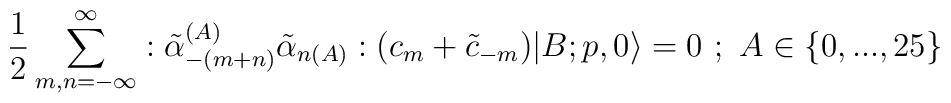
\frac{1}{2}\sum_{m,n=-\infty}^{\infty}:\tilde{\alpha}_{-(m+n)}^{(A)}\tilde{\alpha}_{n(A)}:(c_m+\tilde{c}_{-m})|B;p,0\rangle=0\,\, ;\,\, A\in\{0,...,25\}